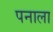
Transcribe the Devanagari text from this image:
पनाला